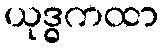
ယုဒ္ဓကထာ